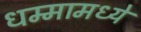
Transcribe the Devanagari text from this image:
धम्मामध्ये